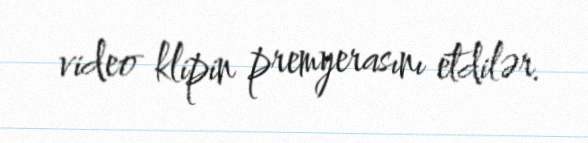
video klipin premyerasını etdilər.